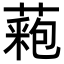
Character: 𦼀